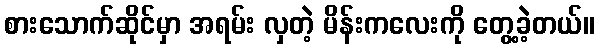
စားသောက်ဆိုင်မှာ အရမ်း လှတဲ့ မိန်းကလေးကို တွေ့ခဲ့တယ်။